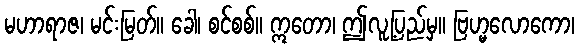
မဟာရာဇ၊ မင်းမြတ်။ ခေါ၊ စင်စစ်။ ဣတော၊ ဤလူ့ပြည်မှ။ ဗြဟ္မလောကော၊